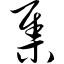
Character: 集